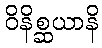
ဝိနိစ္ဆယာနိ